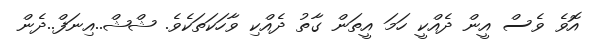
އޮވެ ވެސް އީން ދެއްކީ ހަމަ އީތަން ގާތު ދެއްކި ވާހަކަތަކެވެ. ޝްޝް..އިނަފް..ދެން